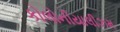
કોલોનીયાલીઝમ